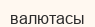
валютасы